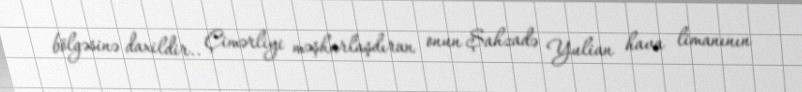
bölgəsinə daxildir.. Çimərliyi məşhurlaşdıran onun Şahzadə Yulian hava limanının